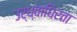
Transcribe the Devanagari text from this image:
उर्ध्वाधिरता